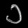
Digit: ၁